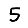
Digit: 5